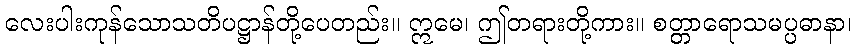
လေးပါးကုန်သောသတိပဋ္ဌာန်တို့ပေတည်း။ ဣမေ၊ ဤတရားတို့ကား။ စတ္တာရောသမပ္ပဓာနာ၊